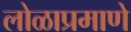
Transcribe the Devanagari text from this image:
लोळाप्रमाणे